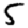
Digit: 5